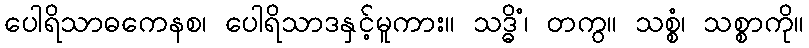
ပေါရိသာဓကေနစ၊ ပေါရိသာဒနှင့်မူကား။ သဒ္ဓိံ၊ တကွ။ သစ္စံ၊ သစ္စာကို။